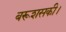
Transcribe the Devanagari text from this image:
बरूशसकी।